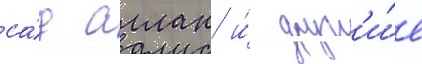
са́д аллан и́ друг'и́е